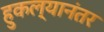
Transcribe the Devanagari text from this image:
हुकल्यानंतर